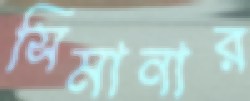
সিমানার